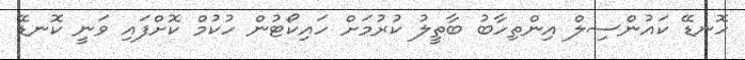
ހޮނޑޭ ކައުންސިލް އިންތިހާބު ބާތީލު ކުރުމަށް ހައިކޯޓުން ހުކުމް ކޮށްފައި ވަނީ ކޮނޑޭ